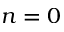
n = 0